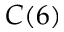
C ( 6 )